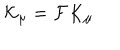
LaTeX: { \cal K } _ { \mu } = { \cal F } K _ { \mu }